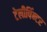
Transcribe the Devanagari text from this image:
टेलीपिंन्टर